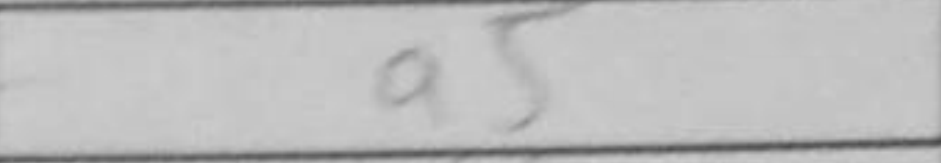
Transcription: a5